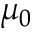
\mu _ { 0 }